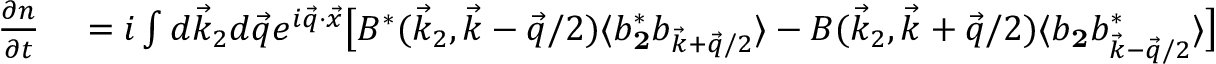
\begin{array} { r l } { \frac { \partial n } { \partial t } } & { { } = i \int d \vec { k } _ { 2 } d \vec { q } e ^ { i \vec { q } \cdot \vec { x } } \big [ B ^ { * } ( \vec { k } _ { 2 } , \vec { k } - \vec { q } / 2 ) \langle b _ { \mathbf 2 } ^ { * } b _ { \vec { k } + \vec { q } / 2 } \rangle - B ( \vec { k } _ { 2 } , \vec { k } + \vec { q } / 2 ) \langle b _ { \mathbf 2 } b _ { \vec { k } - \vec { q } / 2 } ^ { * } \rangle \big ] } \end{array}